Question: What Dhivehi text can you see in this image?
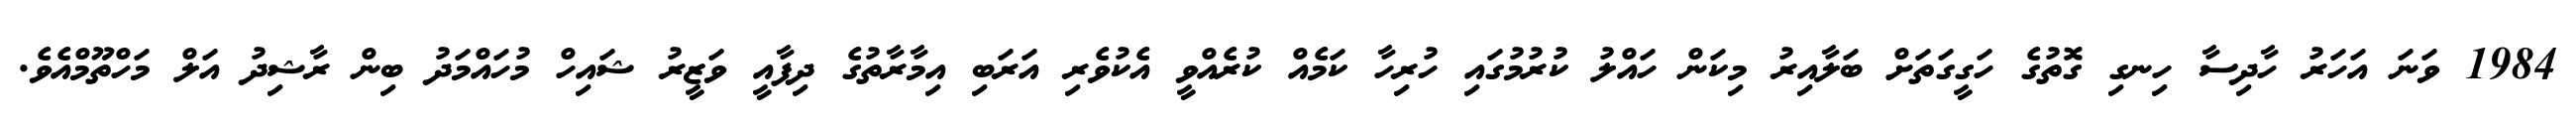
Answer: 1984 ވަނަ އަހަރު ހާދިސާ ހިނގި ގޮތުގެ ހަގީގަތަށް ބަލާއިރު މިކަން ހައްލު ކުރުމުގައި ހުރިހާ ކަމެއް ކުރެއްވީ އެކުވެރި އަރަބި އިމާރާތުގެ ދިފާއީ ވަޒީރު ޝައިހް މުހައްމަދު ބިން ރާޝިދު އަލް މަހްތޫމްއެވެ.